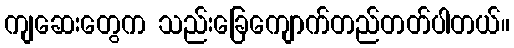
ကျဆေးတွေက သည်းခြေကျောက်တည်တတ်ပါတယ်။